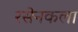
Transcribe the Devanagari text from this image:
रसेनकला